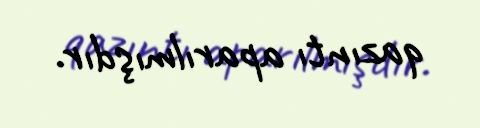
qazıntı aparılmışdır.